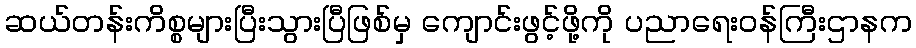
ဆယ်တန်းကိစ္စများပြီးသွားပြီဖြစ်မှ ကျောင်းဖွင့်ဖို့ကို ပညာရေးဝန်ကြီးဌာနက